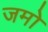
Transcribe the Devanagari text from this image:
जमो